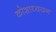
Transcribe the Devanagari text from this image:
कोशाध्ययन